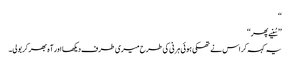
‘‘
’’سُنیے پھر‘‘
یہ کہہ کر اس نے تھکی ہوئی ہرنی کی طرح میری طرف دیکھا اور آہ بھر کربولی۔